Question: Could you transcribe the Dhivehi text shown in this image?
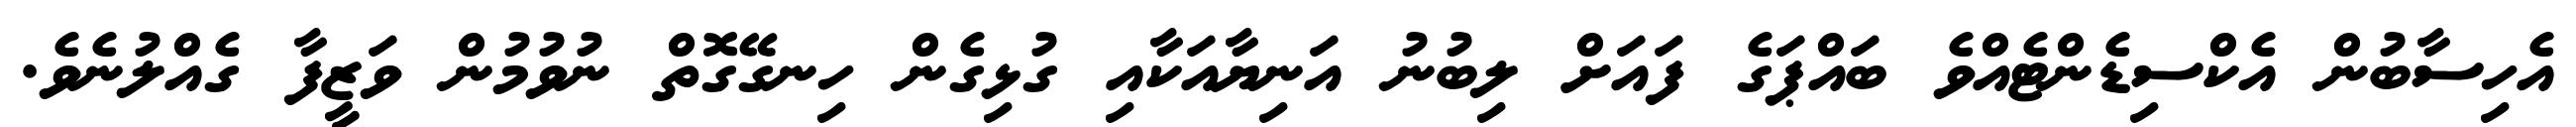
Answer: އެހިސާބުން އެކްސިޑެންޓެއްވެ ބައްޕަގެ ފައަށް ލިބުނު އަނިޔާއަކާއި ގުޅިގެން ހިނގޭގޮތް ނުވުމުން ވަޒީފާ ގެއްލުނެވެ.